Scottish Certificate of Education, 1963
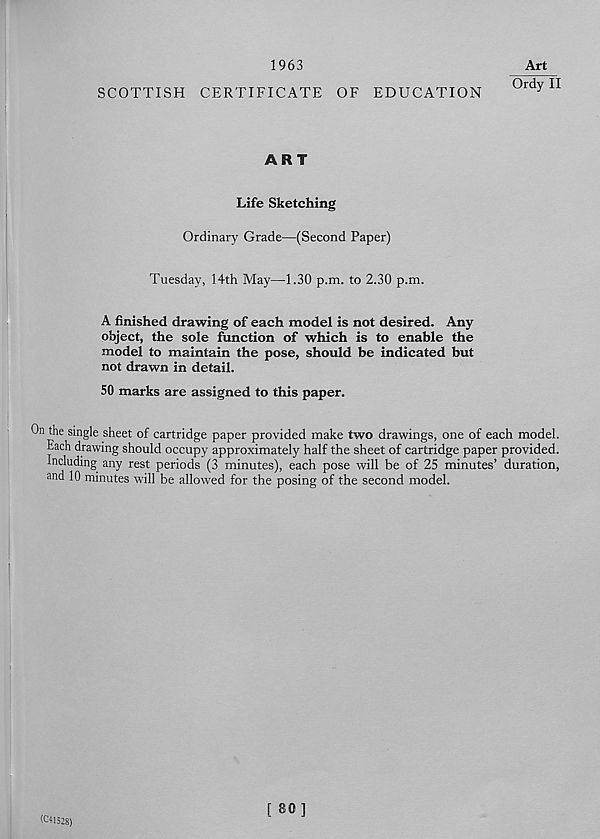
1963
Art
Ordy II
SCOTTISH CERTIFICATE OF EDUCATION
ART
Life Sketching
Ordinary Grade—(Second Paper)
Tuesday, 14th May—1.30 p.m. to 2.30 p.m.
A finished drawing of each model is not desired. Any
object, the sole function of which is to enable the
model to maintain the pose, should be indicated but
not drawn in detail.
50 marks are assigned to this paper.
On the single sheet of cartridge paper provided make two drawings, one of each model.
Each drawing should occupy approximately half the sheet of cartridge paper provided.
Including any rest periods (3 minutes), each pose will be of 25 minutes’ duration,
and 10 minutes will be allowed for the posing of the second model.
(C+1528)
[ 80 ]